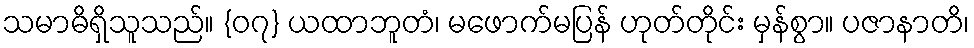
သမာဓိရှိသူသည်။ {၀၇} ယထာဘူတံ၊ မဖောက်မပြန် ဟုတ်တိုင်း မှန်စွာ။ ပဇာနာတိ၊